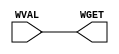

// Copyright (c) 2000-2009 Bluespec, Inc.

// Permission is hereby granted, free of charge, to any person obtaining a copy
// of this software and associated documentation files (the "Software"), to deal
// in the Software without restriction, including without limitation the rights
// to use, copy, modify, merge, publish, distribute, sublicense, and/or sell
// copies of the Software, and to permit persons to whom the Software is
// furnished to do so, subject to the following conditions:

// The above copyright notice and this permission notice shall be included in
// all copies or substantial portions of the Software.

// THE SOFTWARE IS PROVIDED "AS IS", WITHOUT WARRANTY OF ANY KIND, EXPRESS OR
// IMPLIED, INCLUDING BUT NOT LIMITED TO THE WARRANTIES OF MERCHANTABILITY,
// FITNESS FOR A PARTICULAR PURPOSE AND NONINFRINGEMENT. IN NO EVENT SHALL THE
// AUTHORS OR COPYRIGHT HOLDERS BE LIABLE FOR ANY CLAIM, DAMAGES OR OTHER
// LIABILITY, WHETHER IN AN ACTION OF CONTRACT, TORT OR OTHERWISE, ARISING FROM,
// OUT OF OR IN CONNECTION WITH THE SOFTWARE OR THE USE OR OTHER DEALINGS IN
// THE SOFTWARE.
//
// $Revision: 24080 $
// $Date: 2011-05-18 19:32:52 +0000 (Wed, 18 May 2011) $


module BypassCrossingWire(WGET, WVAL);

   
   parameter width = 1;
            
   input [width - 1 : 0]    WVAL;

   output [width - 1 : 0]   WGET;

   assign WGET = WVAL;

endmodule